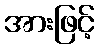
အားဖြင့်